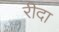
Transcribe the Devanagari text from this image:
रीदा